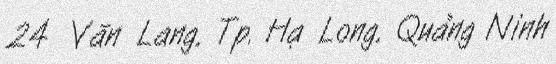
24 Văn Lang, Tp. Hạ Long, Quảng Ninh